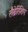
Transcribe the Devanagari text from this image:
लैब्रेरिंशिप